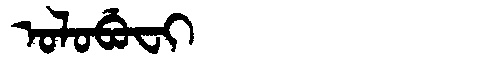
Manchu: ᠣᠯᠣᠪᡠᠸᡳ
Romanization: OLOBUFI